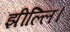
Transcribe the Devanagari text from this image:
झील्‍लि।